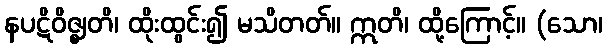
နပဋိဝိဇ္ဈတိ၊ ထိုးထွင်း၍ မသိတတ်။ ဣတိ၊ ထို့ကြောင့်။ (သော၊